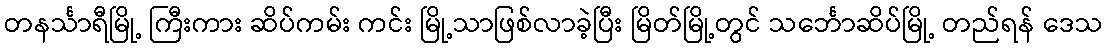
တနင်္သာရီမြို့ ကြီးကား ဆိပ်ကမ်း ကင်း မြို့သာဖြစ်လာခဲ့ပြီး မြိတ်မြို့တွင် သင်္ဘောဆိပ်မြို့ တည်ရန် ဒေသ